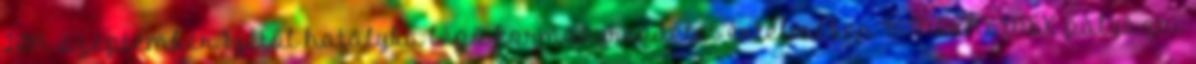
2014. szeptember 1-jétől hatályba lépő kormányrendelet értelmében MINDENKINEK pályázni